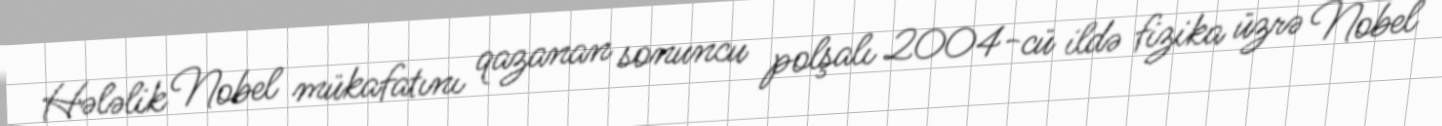
Hələlik Nobel mükafatını qazanan sonuncu polşalı 2004-cü ildə fizika üzrə Nobel